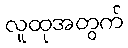
လူထုအတွက်